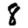
Digit: 8